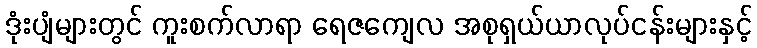
ဒုံးပျံများတွင် ကူးစက်လာရာ ရေဇကျေလ အစုရှယ်ယာလုပ်ငန်းများနှင့်